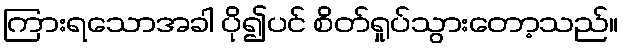
ကြားရသောအခါ ပို၍ပင် စိတ်ရှုပ်သွားတော့သည်။